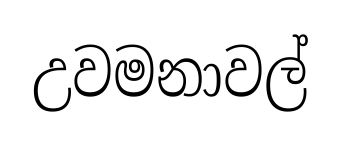
උවමනාවල්